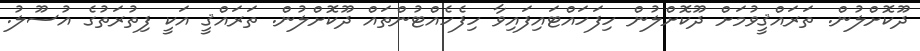
ދޫކޮށްލުން. ތަރައްޤީވުމަށް ދޫކޮށްލުން ހިފަހައްޓައިފައިވާ ހިފެހެއްޓުންތައް ދޫކޮށްލުން. ތަރައްޤީ އަކީ ފިތުރަތުގެ އުސޫލު.